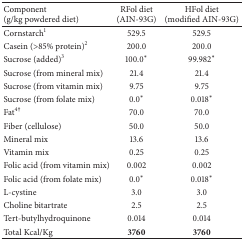
<table><thead><tr><td><b>Component (g/kg powdered diet)</b></td><td><b>RFol diet (AIN-93G)</b></td><td><b>HFol diet (modified AIN-93G)</b></td></tr></thead><tbody><tr><td>Cornstarch<sup>1</sup></td><td>529.5</td><td>529.5</td></tr><tr><td>Casein (&gt;85% protein)<sup>2</sup></td><td>200.0</td><td>200.0</td></tr><tr><td>Sucrose (added)<sup>3</sup></td><td>100.0*</td><td>99.982*</td></tr><tr><td>Sucrose (from mineral mix)</td><td>21.4</td><td>21.4</td></tr><tr><td>Sucrose (from vitamin mix)</td><td>9.75</td><td>9.75</td></tr><tr><td>Sucrose (from folate mix)</td><td>0.0*</td><td>0.018*</td></tr><tr><td>Fat<sup>4†</sup></td><td>70.0</td><td>70.0</td></tr><tr><td>Fiber (cellulose)</td><td>50.0</td><td>50.0</td></tr><tr><td>Mineral mix</td><td>13.6</td><td>13.6</td></tr><tr><td>Vitamin mix</td><td>0.25</td><td>0.25</td></tr><tr><td>Folic acid (from vitamin mix) </td><td>0.002</td><td>0.002</td></tr><tr><td>Folic acid (from folate mix)</td><td>0.0*</td><td>0.018*</td></tr><tr><td>L-cystine</td><td>3.0</td><td>3.0</td></tr><tr><td>Choline bitartrate</td><td>2.5</td><td>2.5</td></tr><tr><td>Tert-butylhydroquinone </td><td>0.014</td><td>0.014</td></tr><tr><td>Total Kcal/Kg</td><td><b>3760</b></td><td><b>3760</b></td></tr></tbody></table>